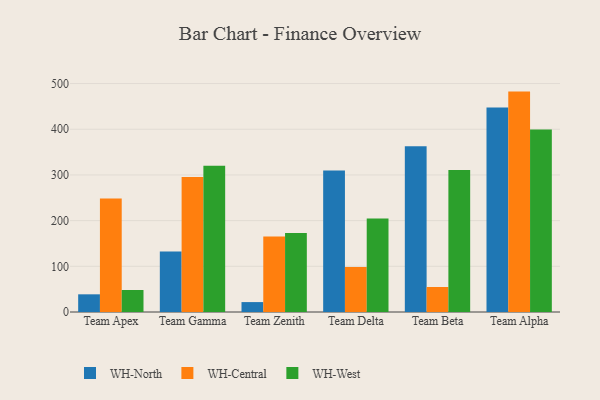
{"axis": {"x": "Team", "y": "Revenue (USD Million)"}, "legend": ["WH-Central", "WH-North", "WH-West"], "data": [{"x": "Team Apex", "y": 38.7, "type": "WH-North"}, {"x": "Team Apex", "y": 248.3, "type": "WH-Central"}, {"x": "Team Apex", "y": 48.1, "type": "WH-West"}, {"x": "Team Gamma", "y": 132.5, "type": "WH-North"}, {"x": "Team Gamma", "y": 295.4, "type": "WH-Central"}, {"x": "Team Gamma", "y": 319.9, "type": "WH-West"}, {"x": "Team Zenith", "y": 21.7, "type": "WH-North"}, {"x": "Team Zenith", "y": 165.2, "type": "WH-Central"}, {"x": "Team Zenith", "y": 172.7, "type": "WH-West"}, {"x": "Team Delta", "y": 309.5, "type": "WH-North"}, {"x": "Team Delta", "y": 98.6, "type": "WH-Central"}, {"x": "Team Delta", "y": 204.9, "type": "WH-West"}, {"x": "Team Beta", "y": 362.8, "type": "WH-North"}, {"x": "Team Beta", "y": 54.7, "type": "WH-Central"}, {"x": "Team Beta", "y": 310.6, "type": "WH-West"}, {"x": "Team Alpha", "y": 447.6, "type": "WH-North"}, {"x": "Team Alpha", "y": 482.4, "type": "WH-Central"}, {"x": "Team Alpha", "y": 399.5, "type": "WH-West"}]}